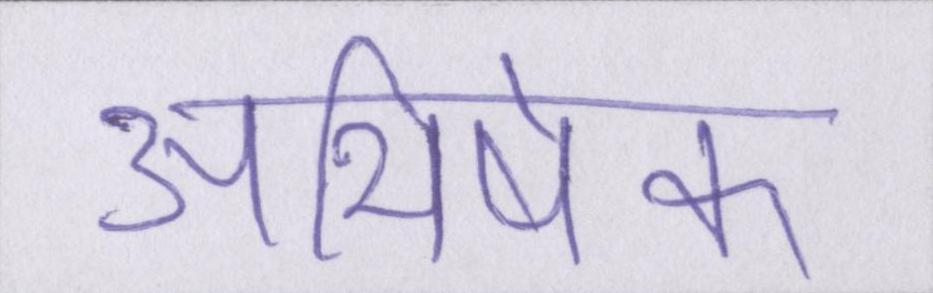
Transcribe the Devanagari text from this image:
अभिषेक